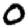
Digit: 0